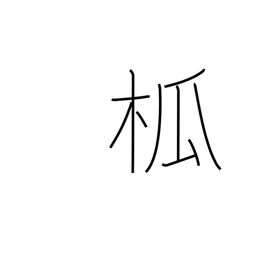
Meaning: spire